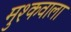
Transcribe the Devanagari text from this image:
मुश्कवाला